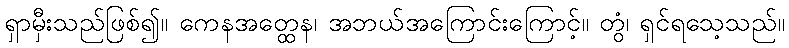
ရှာမှီးသည်ဖြစ်၍။ ကေနအတ္ထေန၊ အဘယ်အကြောင်းကြောင့်။ တွံ၊ ရှင်ရသေ့သည်။